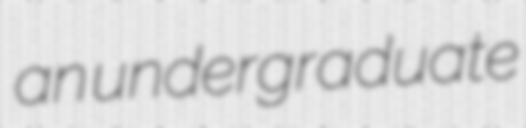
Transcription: an undergraduate